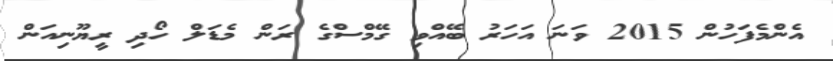
އެންމެފަހުން 2015 ވަނަ އަހަރު ބޭއްވި ގޭމްސްގެ ރަން މެޑަލް ހޯދި ރީޔޫނިއަން